Bréfritari: Stefanía Siggeirsdóttir
Viðtakandi: Páll Pálsson
Dagsetning: A-1864-08-29
Skrifað á: Breiðabólsstað  Árn. ?
Stefanía var bróðurdóttir Páls Pálssonar

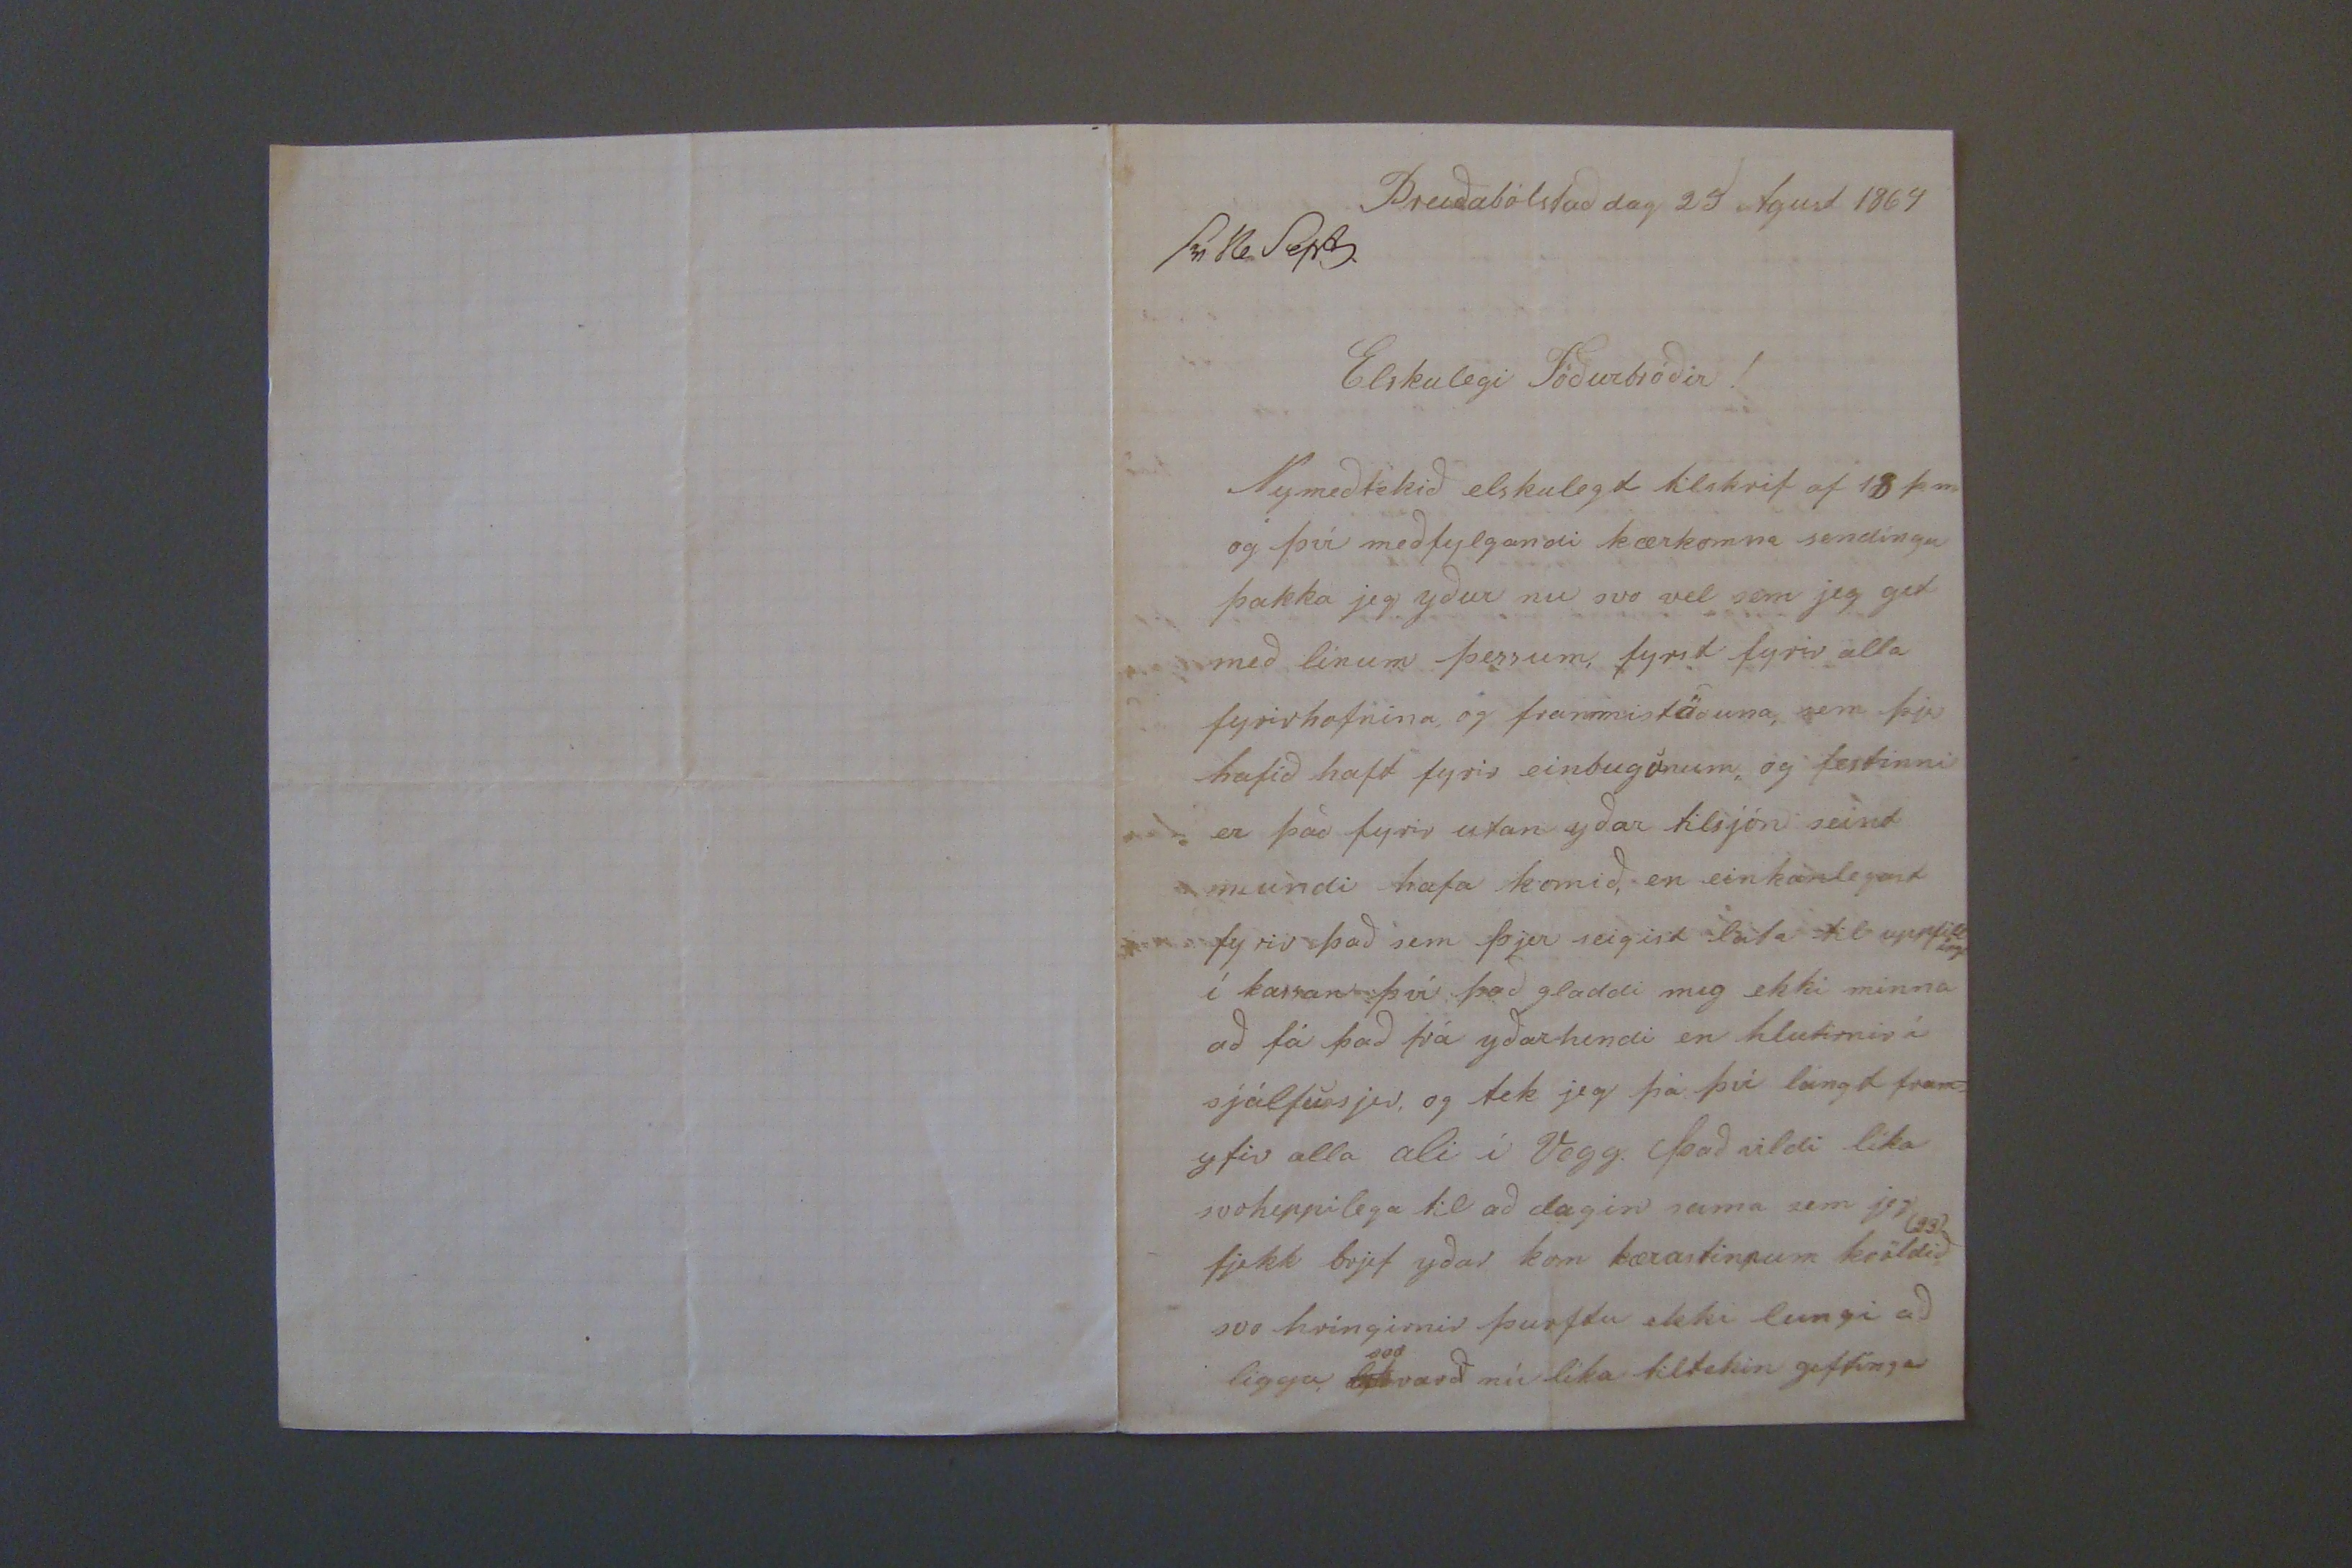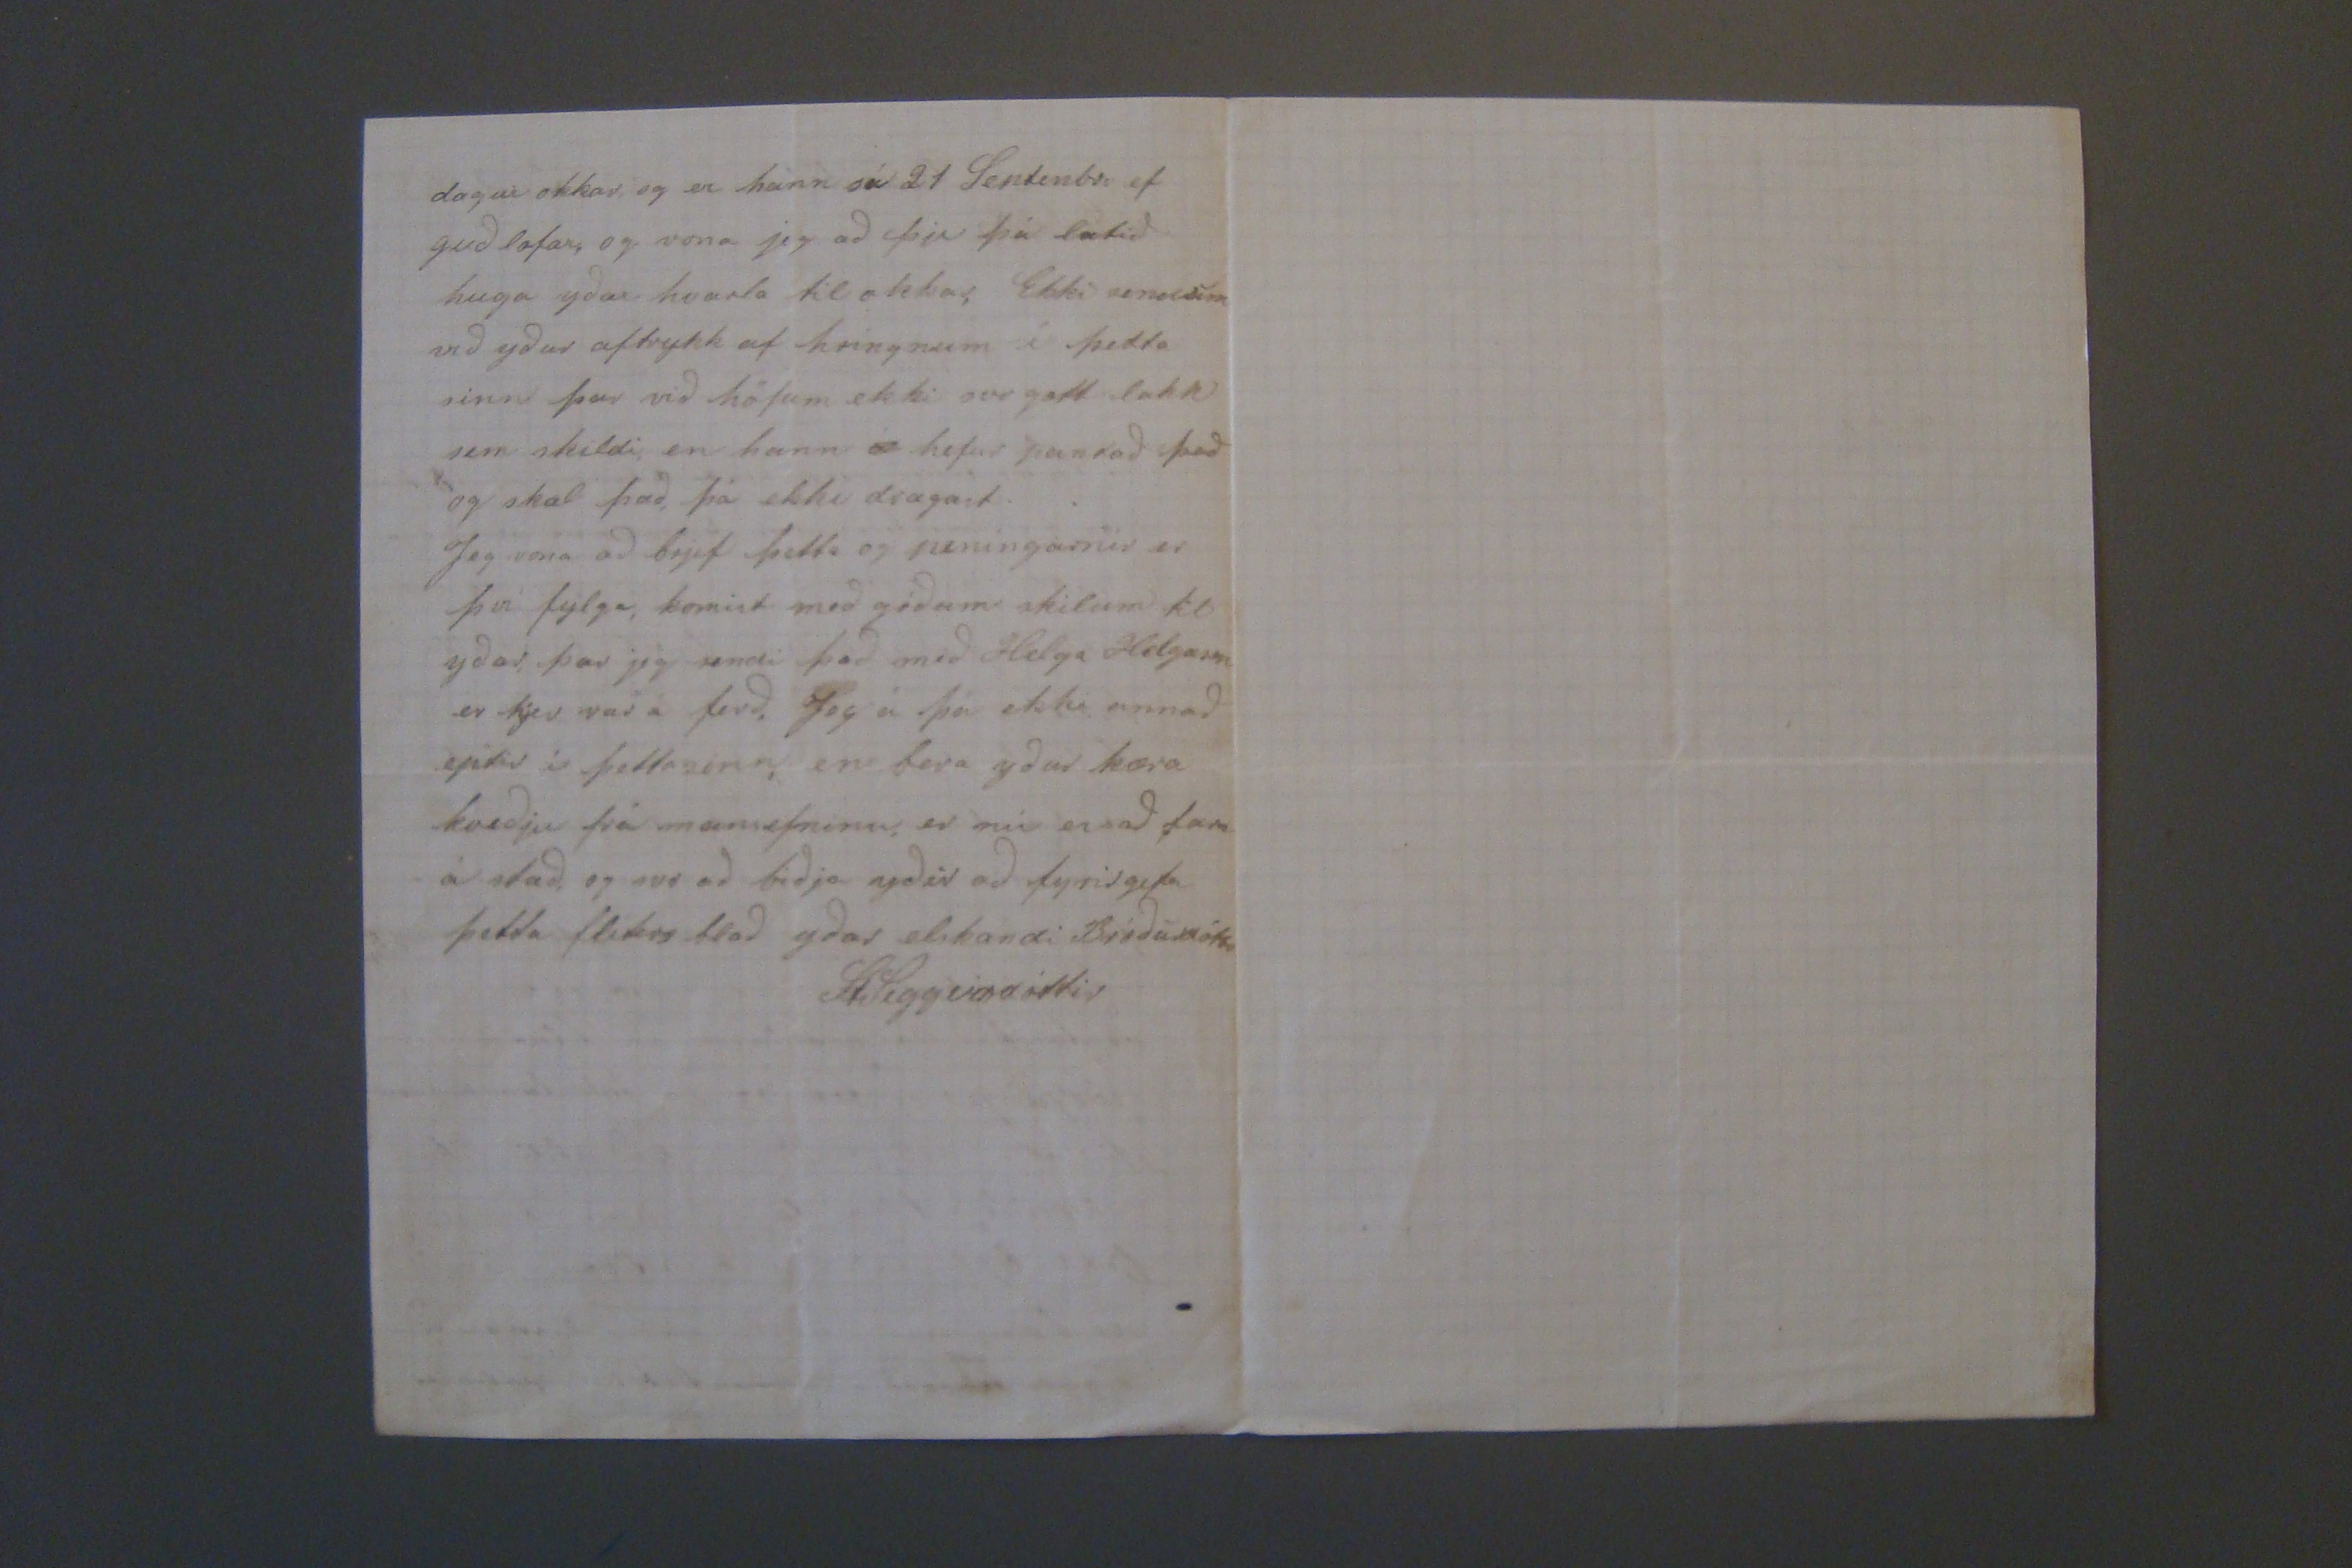

Breiðabólstað dag 29 Agust 1864 sv 16 sepb.
Elskulegi Föðurbróðir!
Nymeðtekið elskulegt tilskrif af 18 þ.m og því meðfylgandi kærkomna sendíngu þakka jeg yður nu svo vel sem jeg get með línum þessum fyrst fyrir alla fyrirhofnina og frammistöðuna, sem þú hafið haft fyrir einbugunum, og festinni er það fyrir utan yðar tilsjón seint mundi hafa komið, en einkanlega
st
fyrir það sem þjer seigist lata til uppfilling
u
í kassan því það gladdi mig ekki minna að fá það frá yðar hendi en hlutirnir í sjálfu sjer, og tek jeg þá því lángt fram= yfir alla
ali
í Vogg. það vildi líka svo heppilega til að dagin sama sem jeg
(SS)
fjekk brjef yðar kom kærast inn um kvöldið svo hríngirnir þurftu ekki leingi að ligga
G00
svo
varð nú lika tiltekin giftínga
dagur okkar og er hann sá 21 Septenber ef guð lofar, og vona jeg að þu þá latið huga yðar hvarla til okkar, Ekki sendum við yður
aftrykk
af hríngnum í þetta sinn þar við höfum ekki svo gott lakk sem skildi en hann
á
hefur vandað það og skal það, þá ekki dragast Jeg vona að brjef þetta og peníngarnir er því fylga, komist með góðum skilum til yðar þar jeg sendi það með Helga Helgas
on
er hjer var á ferð. Jeg á þá ekki annað eptir í þetta sinn en bera yður kæra kveðju frá mannefninu er nú er að fara á stað, og svo að biðja yður að fyrirgefa þetta flitis blað yðar elskandi Bróðurdótti
St Siggeirsdóttir